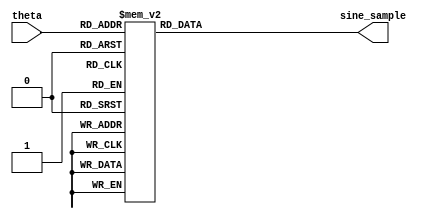
module sine_table(
	//input wire i_clk,
	input wire [9:0] theta,
	output reg signed [15:0] sine_sample
);

	always @(theta) begin
		case(theta)
			10'd0:	sine_sample = -16'sd0;
			10'd1:	sine_sample = -16'sd201;
			10'd2:	sine_sample = -16'sd402;
			10'd3:	sine_sample = -16'sd603;
			10'd4:	sine_sample = -16'sd804;
			10'd5:	sine_sample = -16'sd1005;
			10'd6:	sine_sample = -16'sd1206;
			10'd7:	sine_sample = -16'sd1407;
			10'd8:	sine_sample = -16'sd1608;
			10'd9:	sine_sample = -16'sd1809;
			10'd10:	sine_sample = -16'sd2009;
			10'd11:	sine_sample = -16'sd2210;
			10'd12:	sine_sample = -16'sd2410;
			10'd13:	sine_sample = -16'sd2611;
			10'd14:	sine_sample = -16'sd2811;
			10'd15:	sine_sample = -16'sd3012;
			10'd16:	sine_sample = -16'sd3212;
			10'd17:	sine_sample = -16'sd3412;
			10'd18:	sine_sample = -16'sd3612;
			10'd19:	sine_sample = -16'sd3811;
			10'd20:	sine_sample = -16'sd4011;
			10'd21:	sine_sample = -16'sd4210;
			10'd22:	sine_sample = -16'sd4410;
			10'd23:	sine_sample = -16'sd4609;
			10'd24:	sine_sample = -16'sd4808;
			10'd25:	sine_sample = -16'sd5007;
			10'd26:	sine_sample = -16'sd5205;
			10'd27:	sine_sample = -16'sd5404;
			10'd28:	sine_sample = -16'sd5602;
			10'd29:	sine_sample = -16'sd5800;
			10'd30:	sine_sample = -16'sd5998;
			10'd31:	sine_sample = -16'sd6195;
			10'd32:	sine_sample = -16'sd6393;
			10'd33:	sine_sample = -16'sd6590;
			10'd34:	sine_sample = -16'sd6786;
			10'd35:	sine_sample = -16'sd6983;
			10'd36:	sine_sample = -16'sd7179;
			10'd37:	sine_sample = -16'sd7375;
			10'd38:	sine_sample = -16'sd7571;
			10'd39:	sine_sample = -16'sd7767;
			10'd40:	sine_sample = -16'sd7962;
			10'd41:	sine_sample = -16'sd8157;
			10'd42:	sine_sample = -16'sd8351;
			10'd43:	sine_sample = -16'sd8545;
			10'd44:	sine_sample = -16'sd8739;
			10'd45:	sine_sample = -16'sd8933;
			10'd46:	sine_sample = -16'sd9126;
			10'd47:	sine_sample = -16'sd9319;
			10'd48:	sine_sample = -16'sd9512;
			10'd49:	sine_sample = -16'sd9704;
			10'd50:	sine_sample = -16'sd9896;
			10'd51:	sine_sample = -16'sd10087;
			10'd52:	sine_sample = -16'sd10278;
			10'd53:	sine_sample = -16'sd10469;
			10'd54:	sine_sample = -16'sd10659;
			10'd55:	sine_sample = -16'sd10849;
			10'd56:	sine_sample = -16'sd11039;
			10'd57:	sine_sample = -16'sd11228;
			10'd58:	sine_sample = -16'sd11417;
			10'd59:	sine_sample = -16'sd11605;
			10'd60:	sine_sample = -16'sd11793;
			10'd61:	sine_sample = -16'sd11980;
			10'd62:	sine_sample = -16'sd12167;
			10'd63:	sine_sample = -16'sd12353;
			10'd64:	sine_sample = -16'sd12539;
			10'd65:	sine_sample = -16'sd12725;
			10'd66:	sine_sample = -16'sd12910;
			10'd67:	sine_sample = -16'sd13094;
			10'd68:	sine_sample = -16'sd13279;
			10'd69:	sine_sample = -16'sd13462;
			10'd70:	sine_sample = -16'sd13645;
			10'd71:	sine_sample = -16'sd13828;
			10'd72:	sine_sample = -16'sd14010;
			10'd73:	sine_sample = -16'sd14191;
			10'd74:	sine_sample = -16'sd14372;
			10'd75:	sine_sample = -16'sd14553;
			10'd76:	sine_sample = -16'sd14732;
			10'd77:	sine_sample = -16'sd14912;
			10'd78:	sine_sample = -16'sd15090;
			10'd79:	sine_sample = -16'sd15269;
			10'd80:	sine_sample = -16'sd15446;
			10'd81:	sine_sample = -16'sd15623;
			10'd82:	sine_sample = -16'sd15800;
			10'd83:	sine_sample = -16'sd15976;
			10'd84:	sine_sample = -16'sd16151;
			10'd85:	sine_sample = -16'sd16325;
			10'd86:	sine_sample = -16'sd16499;
			10'd87:	sine_sample = -16'sd16673;
			10'd88:	sine_sample = -16'sd16846;
			10'd89:	sine_sample = -16'sd17018;
			10'd90:	sine_sample = -16'sd17189;
			10'd91:	sine_sample = -16'sd17360;
			10'd92:	sine_sample = -16'sd17530;
			10'd93:	sine_sample = -16'sd17700;
			10'd94:	sine_sample = -16'sd17869;
			10'd95:	sine_sample = -16'sd18037;
			10'd96:	sine_sample = -16'sd18204;
			10'd97:	sine_sample = -16'sd18371;
			10'd98:	sine_sample = -16'sd18537;
			10'd99:	sine_sample = -16'sd18703;
			10'd100:	sine_sample = -16'sd18868;
			10'd101:	sine_sample = -16'sd19032;
			10'd102:	sine_sample = -16'sd19195;
			10'd103:	sine_sample = -16'sd19357;
			10'd104:	sine_sample = -16'sd19519;
			10'd105:	sine_sample = -16'sd19680;
			10'd106:	sine_sample = -16'sd19841;
			10'd107:	sine_sample = -16'sd20000;
			10'd108:	sine_sample = -16'sd20159;
			10'd109:	sine_sample = -16'sd20317;
			10'd110:	sine_sample = -16'sd20475;
			10'd111:	sine_sample = -16'sd20631;
			10'd112:	sine_sample = -16'sd20787;
			10'd113:	sine_sample = -16'sd20942;
			10'd114:	sine_sample = -16'sd21096;
			10'd115:	sine_sample = -16'sd21250;
			10'd116:	sine_sample = -16'sd21403;
			10'd117:	sine_sample = -16'sd21554;
			10'd118:	sine_sample = -16'sd21705;
			10'd119:	sine_sample = -16'sd21856;
			10'd120:	sine_sample = -16'sd22005;
			10'd121:	sine_sample = -16'sd22154;
			10'd122:	sine_sample = -16'sd22301;
			10'd123:	sine_sample = -16'sd22448;
			10'd124:	sine_sample = -16'sd22594;
			10'd125:	sine_sample = -16'sd22739;
			10'd126:	sine_sample = -16'sd22884;
			10'd127:	sine_sample = -16'sd23027;
			10'd128:	sine_sample = -16'sd23170;
			10'd129:	sine_sample = -16'sd23311;
			10'd130:	sine_sample = -16'sd23452;
			10'd131:	sine_sample = -16'sd23592;
			10'd132:	sine_sample = -16'sd23731;
			10'd133:	sine_sample = -16'sd23870;
			10'd134:	sine_sample = -16'sd24007;
			10'd135:	sine_sample = -16'sd24143;
			10'd136:	sine_sample = -16'sd24279;
			10'd137:	sine_sample = -16'sd24413;
			10'd138:	sine_sample = -16'sd24547;
			10'd139:	sine_sample = -16'sd24680;
			10'd140:	sine_sample = -16'sd24811;
			10'd141:	sine_sample = -16'sd24942;
			10'd142:	sine_sample = -16'sd25072;
			10'd143:	sine_sample = -16'sd25201;
			10'd144:	sine_sample = -16'sd25329;
			10'd145:	sine_sample = -16'sd25456;
			10'd146:	sine_sample = -16'sd25582;
			10'd147:	sine_sample = -16'sd25708;
			10'd148:	sine_sample = -16'sd25832;
			10'd149:	sine_sample = -16'sd25955;
			10'd150:	sine_sample = -16'sd26077;
			10'd151:	sine_sample = -16'sd26198;
			10'd152:	sine_sample = -16'sd26319;
			10'd153:	sine_sample = -16'sd26438;
			10'd154:	sine_sample = -16'sd26556;
			10'd155:	sine_sample = -16'sd26674;
			10'd156:	sine_sample = -16'sd26790;
			10'd157:	sine_sample = -16'sd26905;
			10'd158:	sine_sample = -16'sd27019;
			10'd159:	sine_sample = -16'sd27133;
			10'd160:	sine_sample = -16'sd27245;
			10'd161:	sine_sample = -16'sd27356;
			10'd162:	sine_sample = -16'sd27466;
			10'd163:	sine_sample = -16'sd27575;
			10'd164:	sine_sample = -16'sd27683;
			10'd165:	sine_sample = -16'sd27790;
			10'd166:	sine_sample = -16'sd27896;
			10'd167:	sine_sample = -16'sd28001;
			10'd168:	sine_sample = -16'sd28105;
			10'd169:	sine_sample = -16'sd28208;
			10'd170:	sine_sample = -16'sd28310;
			10'd171:	sine_sample = -16'sd28411;
			10'd172:	sine_sample = -16'sd28510;
			10'd173:	sine_sample = -16'sd28609;
			10'd174:	sine_sample = -16'sd28706;
			10'd175:	sine_sample = -16'sd28803;
			10'd176:	sine_sample = -16'sd28898;
			10'd177:	sine_sample = -16'sd28992;
			10'd178:	sine_sample = -16'sd29085;
			10'd179:	sine_sample = -16'sd29177;
			10'd180:	sine_sample = -16'sd29268;
			10'd181:	sine_sample = -16'sd29358;
			10'd182:	sine_sample = -16'sd29447;
			10'd183:	sine_sample = -16'sd29534;
			10'd184:	sine_sample = -16'sd29621;
			10'd185:	sine_sample = -16'sd29706;
			10'd186:	sine_sample = -16'sd29791;
			10'd187:	sine_sample = -16'sd29874;
			10'd188:	sine_sample = -16'sd29956;
			10'd189:	sine_sample = -16'sd30037;
			10'd190:	sine_sample = -16'sd30117;
			10'd191:	sine_sample = -16'sd30195;
			10'd192:	sine_sample = -16'sd30273;
			10'd193:	sine_sample = -16'sd30349;
			10'd194:	sine_sample = -16'sd30424;
			10'd195:	sine_sample = -16'sd30498;
			10'd196:	sine_sample = -16'sd30571;
			10'd197:	sine_sample = -16'sd30643;
			10'd198:	sine_sample = -16'sd30714;
			10'd199:	sine_sample = -16'sd30783;
			10'd200:	sine_sample = -16'sd30852;
			10'd201:	sine_sample = -16'sd30919;
			10'd202:	sine_sample = -16'sd30985;
			10'd203:	sine_sample = -16'sd31050;
			10'd204:	sine_sample = -16'sd31113;
			10'd205:	sine_sample = -16'sd31176;
			10'd206:	sine_sample = -16'sd31237;
			10'd207:	sine_sample = -16'sd31297;
			10'd208:	sine_sample = -16'sd31356;
			10'd209:	sine_sample = -16'sd31414;
			10'd210:	sine_sample = -16'sd31470;
			10'd211:	sine_sample = -16'sd31526;
			10'd212:	sine_sample = -16'sd31580;
			10'd213:	sine_sample = -16'sd31633;
			10'd214:	sine_sample = -16'sd31685;
			10'd215:	sine_sample = -16'sd31736;
			10'd216:	sine_sample = -16'sd31785;
			10'd217:	sine_sample = -16'sd31833;
			10'd218:	sine_sample = -16'sd31880;
			10'd219:	sine_sample = -16'sd31926;
			10'd220:	sine_sample = -16'sd31971;
			10'd221:	sine_sample = -16'sd32014;
			10'd222:	sine_sample = -16'sd32057;
			10'd223:	sine_sample = -16'sd32098;
			10'd224:	sine_sample = -16'sd32137;
			10'd225:	sine_sample = -16'sd32176;
			10'd226:	sine_sample = -16'sd32213;
			10'd227:	sine_sample = -16'sd32250;
			10'd228:	sine_sample = -16'sd32285;
			10'd229:	sine_sample = -16'sd32318;
			10'd230:	sine_sample = -16'sd32351;
			10'd231:	sine_sample = -16'sd32382;
			10'd232:	sine_sample = -16'sd32412;
			10'd233:	sine_sample = -16'sd32441;
			10'd234:	sine_sample = -16'sd32469;
			10'd235:	sine_sample = -16'sd32495;
			10'd236:	sine_sample = -16'sd32521;
			10'd237:	sine_sample = -16'sd32545;
			10'd238:	sine_sample = -16'sd32567;
			10'd239:	sine_sample = -16'sd32589;
			10'd240:	sine_sample = -16'sd32609;
			10'd241:	sine_sample = -16'sd32628;
			10'd242:	sine_sample = -16'sd32646;
			10'd243:	sine_sample = -16'sd32663;
			10'd244:	sine_sample = -16'sd32678;
			10'd245:	sine_sample = -16'sd32692;
			10'd246:	sine_sample = -16'sd32705;
			10'd247:	sine_sample = -16'sd32717;
			10'd248:	sine_sample = -16'sd32728;
			10'd249:	sine_sample = -16'sd32737;
			10'd250:	sine_sample = -16'sd32745;
			10'd251:	sine_sample = -16'sd32752;
			10'd252:	sine_sample = -16'sd32757;
			10'd253:	sine_sample = -16'sd32761;
			10'd254:	sine_sample = -16'sd32765;
			10'd255:	sine_sample = -16'sd32766;
			10'd256:	sine_sample = -16'sd32767;
			10'd257:	sine_sample = -16'sd32766;
			10'd258:	sine_sample = -16'sd32765;
			10'd259:	sine_sample = -16'sd32761;
			10'd260:	sine_sample = -16'sd32757;
			10'd261:	sine_sample = -16'sd32752;
			10'd262:	sine_sample = -16'sd32745;
			10'd263:	sine_sample = -16'sd32737;
			10'd264:	sine_sample = -16'sd32728;
			10'd265:	sine_sample = -16'sd32717;
			10'd266:	sine_sample = -16'sd32705;
			10'd267:	sine_sample = -16'sd32692;
			10'd268:	sine_sample = -16'sd32678;
			10'd269:	sine_sample = -16'sd32663;
			10'd270:	sine_sample = -16'sd32646;
			10'd271:	sine_sample = -16'sd32628;
			10'd272:	sine_sample = -16'sd32609;
			10'd273:	sine_sample = -16'sd32589;
			10'd274:	sine_sample = -16'sd32567;
			10'd275:	sine_sample = -16'sd32545;
			10'd276:	sine_sample = -16'sd32521;
			10'd277:	sine_sample = -16'sd32495;
			10'd278:	sine_sample = -16'sd32469;
			10'd279:	sine_sample = -16'sd32441;
			10'd280:	sine_sample = -16'sd32412;
			10'd281:	sine_sample = -16'sd32382;
			10'd282:	sine_sample = -16'sd32351;
			10'd283:	sine_sample = -16'sd32318;
			10'd284:	sine_sample = -16'sd32285;
			10'd285:	sine_sample = -16'sd32250;
			10'd286:	sine_sample = -16'sd32213;
			10'd287:	sine_sample = -16'sd32176;
			10'd288:	sine_sample = -16'sd32137;
			10'd289:	sine_sample = -16'sd32098;
			10'd290:	sine_sample = -16'sd32057;
			10'd291:	sine_sample = -16'sd32014;
			10'd292:	sine_sample = -16'sd31971;
			10'd293:	sine_sample = -16'sd31926;
			10'd294:	sine_sample = -16'sd31880;
			10'd295:	sine_sample = -16'sd31833;
			10'd296:	sine_sample = -16'sd31785;
			10'd297:	sine_sample = -16'sd31736;
			10'd298:	sine_sample = -16'sd31685;
			10'd299:	sine_sample = -16'sd31633;
			10'd300:	sine_sample = -16'sd31580;
			10'd301:	sine_sample = -16'sd31526;
			10'd302:	sine_sample = -16'sd31470;
			10'd303:	sine_sample = -16'sd31414;
			10'd304:	sine_sample = -16'sd31356;
			10'd305:	sine_sample = -16'sd31297;
			10'd306:	sine_sample = -16'sd31237;
			10'd307:	sine_sample = -16'sd31176;
			10'd308:	sine_sample = -16'sd31113;
			10'd309:	sine_sample = -16'sd31050;
			10'd310:	sine_sample = -16'sd30985;
			10'd311:	sine_sample = -16'sd30919;
			10'd312:	sine_sample = -16'sd30852;
			10'd313:	sine_sample = -16'sd30783;
			10'd314:	sine_sample = -16'sd30714;
			10'd315:	sine_sample = -16'sd30643;
			10'd316:	sine_sample = -16'sd30571;
			10'd317:	sine_sample = -16'sd30498;
			10'd318:	sine_sample = -16'sd30424;
			10'd319:	sine_sample = -16'sd30349;
			10'd320:	sine_sample = -16'sd30273;
			10'd321:	sine_sample = -16'sd30195;
			10'd322:	sine_sample = -16'sd30117;
			10'd323:	sine_sample = -16'sd30037;
			10'd324:	sine_sample = -16'sd29956;
			10'd325:	sine_sample = -16'sd29874;
			10'd326:	sine_sample = -16'sd29791;
			10'd327:	sine_sample = -16'sd29706;
			10'd328:	sine_sample = -16'sd29621;
			10'd329:	sine_sample = -16'sd29534;
			10'd330:	sine_sample = -16'sd29447;
			10'd331:	sine_sample = -16'sd29358;
			10'd332:	sine_sample = -16'sd29268;
			10'd333:	sine_sample = -16'sd29177;
			10'd334:	sine_sample = -16'sd29085;
			10'd335:	sine_sample = -16'sd28992;
			10'd336:	sine_sample = -16'sd28898;
			10'd337:	sine_sample = -16'sd28803;
			10'd338:	sine_sample = -16'sd28706;
			10'd339:	sine_sample = -16'sd28609;
			10'd340:	sine_sample = -16'sd28510;
			10'd341:	sine_sample = -16'sd28411;
			10'd342:	sine_sample = -16'sd28310;
			10'd343:	sine_sample = -16'sd28208;
			10'd344:	sine_sample = -16'sd28105;
			10'd345:	sine_sample = -16'sd28001;
			10'd346:	sine_sample = -16'sd27896;
			10'd347:	sine_sample = -16'sd27790;
			10'd348:	sine_sample = -16'sd27683;
			10'd349:	sine_sample = -16'sd27575;
			10'd350:	sine_sample = -16'sd27466;
			10'd351:	sine_sample = -16'sd27356;
			10'd352:	sine_sample = -16'sd27245;
			10'd353:	sine_sample = -16'sd27133;
			10'd354:	sine_sample = -16'sd27019;
			10'd355:	sine_sample = -16'sd26905;
			10'd356:	sine_sample = -16'sd26790;
			10'd357:	sine_sample = -16'sd26674;
			10'd358:	sine_sample = -16'sd26556;
			10'd359:	sine_sample = -16'sd26438;
			10'd360:	sine_sample = -16'sd26319;
			10'd361:	sine_sample = -16'sd26198;
			10'd362:	sine_sample = -16'sd26077;
			10'd363:	sine_sample = -16'sd25955;
			10'd364:	sine_sample = -16'sd25832;
			10'd365:	sine_sample = -16'sd25708;
			10'd366:	sine_sample = -16'sd25582;
			10'd367:	sine_sample = -16'sd25456;
			10'd368:	sine_sample = -16'sd25329;
			10'd369:	sine_sample = -16'sd25201;
			10'd370:	sine_sample = -16'sd25072;
			10'd371:	sine_sample = -16'sd24942;
			10'd372:	sine_sample = -16'sd24811;
			10'd373:	sine_sample = -16'sd24680;
			10'd374:	sine_sample = -16'sd24547;
			10'd375:	sine_sample = -16'sd24413;
			10'd376:	sine_sample = -16'sd24279;
			10'd377:	sine_sample = -16'sd24143;
			10'd378:	sine_sample = -16'sd24007;
			10'd379:	sine_sample = -16'sd23870;
			10'd380:	sine_sample = -16'sd23731;
			10'd381:	sine_sample = -16'sd23592;
			10'd382:	sine_sample = -16'sd23452;
			10'd383:	sine_sample = -16'sd23311;
			10'd384:	sine_sample = -16'sd23170;
			10'd385:	sine_sample = -16'sd23027;
			10'd386:	sine_sample = -16'sd22884;
			10'd387:	sine_sample = -16'sd22739;
			10'd388:	sine_sample = -16'sd22594;
			10'd389:	sine_sample = -16'sd22448;
			10'd390:	sine_sample = -16'sd22301;
			10'd391:	sine_sample = -16'sd22154;
			10'd392:	sine_sample = -16'sd22005;
			10'd393:	sine_sample = -16'sd21856;
			10'd394:	sine_sample = -16'sd21705;
			10'd395:	sine_sample = -16'sd21554;
			10'd396:	sine_sample = -16'sd21403;
			10'd397:	sine_sample = -16'sd21250;
			10'd398:	sine_sample = -16'sd21096;
			10'd399:	sine_sample = -16'sd20942;
			10'd400:	sine_sample = -16'sd20787;
			10'd401:	sine_sample = -16'sd20631;
			10'd402:	sine_sample = -16'sd20475;
			10'd403:	sine_sample = -16'sd20317;
			10'd404:	sine_sample = -16'sd20159;
			10'd405:	sine_sample = -16'sd20000;
			10'd406:	sine_sample = -16'sd19841;
			10'd407:	sine_sample = -16'sd19680;
			10'd408:	sine_sample = -16'sd19519;
			10'd409:	sine_sample = -16'sd19357;
			10'd410:	sine_sample = -16'sd19195;
			10'd411:	sine_sample = -16'sd19032;
			10'd412:	sine_sample = -16'sd18868;
			10'd413:	sine_sample = -16'sd18703;
			10'd414:	sine_sample = -16'sd18537;
			10'd415:	sine_sample = -16'sd18371;
			10'd416:	sine_sample = -16'sd18204;
			10'd417:	sine_sample = -16'sd18037;
			10'd418:	sine_sample = -16'sd17869;
			10'd419:	sine_sample = -16'sd17700;
			10'd420:	sine_sample = -16'sd17530;
			10'd421:	sine_sample = -16'sd17360;
			10'd422:	sine_sample = -16'sd17189;
			10'd423:	sine_sample = -16'sd17018;
			10'd424:	sine_sample = -16'sd16846;
			10'd425:	sine_sample = -16'sd16673;
			10'd426:	sine_sample = -16'sd16499;
			10'd427:	sine_sample = -16'sd16325;
			10'd428:	sine_sample = -16'sd16151;
			10'd429:	sine_sample = -16'sd15976;
			10'd430:	sine_sample = -16'sd15800;
			10'd431:	sine_sample = -16'sd15623;
			10'd432:	sine_sample = -16'sd15446;
			10'd433:	sine_sample = -16'sd15269;
			10'd434:	sine_sample = -16'sd15090;
			10'd435:	sine_sample = -16'sd14912;
			10'd436:	sine_sample = -16'sd14732;
			10'd437:	sine_sample = -16'sd14553;
			10'd438:	sine_sample = -16'sd14372;
			10'd439:	sine_sample = -16'sd14191;
			10'd440:	sine_sample = -16'sd14010;
			10'd441:	sine_sample = -16'sd13828;
			10'd442:	sine_sample = -16'sd13645;
			10'd443:	sine_sample = -16'sd13462;
			10'd444:	sine_sample = -16'sd13279;
			10'd445:	sine_sample = -16'sd13094;
			10'd446:	sine_sample = -16'sd12910;
			10'd447:	sine_sample = -16'sd12725;
			10'd448:	sine_sample = -16'sd12539;
			10'd449:	sine_sample = -16'sd12353;
			10'd450:	sine_sample = -16'sd12167;
			10'd451:	sine_sample = -16'sd11980;
			10'd452:	sine_sample = -16'sd11793;
			10'd453:	sine_sample = -16'sd11605;
			10'd454:	sine_sample = -16'sd11417;
			10'd455:	sine_sample = -16'sd11228;
			10'd456:	sine_sample = -16'sd11039;
			10'd457:	sine_sample = -16'sd10849;
			10'd458:	sine_sample = -16'sd10659;
			10'd459:	sine_sample = -16'sd10469;
			10'd460:	sine_sample = -16'sd10278;
			10'd461:	sine_sample = -16'sd10087;
			10'd462:	sine_sample = -16'sd9896;
			10'd463:	sine_sample = -16'sd9704;
			10'd464:	sine_sample = -16'sd9512;
			10'd465:	sine_sample = -16'sd9319;
			10'd466:	sine_sample = -16'sd9126;
			10'd467:	sine_sample = -16'sd8933;
			10'd468:	sine_sample = -16'sd8739;
			10'd469:	sine_sample = -16'sd8545;
			10'd470:	sine_sample = -16'sd8351;
			10'd471:	sine_sample = -16'sd8157;
			10'd472:	sine_sample = -16'sd7962;
			10'd473:	sine_sample = -16'sd7767;
			10'd474:	sine_sample = -16'sd7571;
			10'd475:	sine_sample = -16'sd7375;
			10'd476:	sine_sample = -16'sd7179;
			10'd477:	sine_sample = -16'sd6983;
			10'd478:	sine_sample = -16'sd6786;
			10'd479:	sine_sample = -16'sd6590;
			10'd480:	sine_sample = -16'sd6393;
			10'd481:	sine_sample = -16'sd6195;
			10'd482:	sine_sample = -16'sd5998;
			10'd483:	sine_sample = -16'sd5800;
			10'd484:	sine_sample = -16'sd5602;
			10'd485:	sine_sample = -16'sd5404;
			10'd486:	sine_sample = -16'sd5205;
			10'd487:	sine_sample = -16'sd5007;
			10'd488:	sine_sample = -16'sd4808;
			10'd489:	sine_sample = -16'sd4609;
			10'd490:	sine_sample = -16'sd4410;
			10'd491:	sine_sample = -16'sd4210;
			10'd492:	sine_sample = -16'sd4011;
			10'd493:	sine_sample = -16'sd3811;
			10'd494:	sine_sample = -16'sd3612;
			10'd495:	sine_sample = -16'sd3412;
			10'd496:	sine_sample = -16'sd3212;
			10'd497:	sine_sample = -16'sd3012;
			10'd498:	sine_sample = -16'sd2811;
			10'd499:	sine_sample = -16'sd2611;
			10'd500:	sine_sample = -16'sd2410;
			10'd501:	sine_sample = -16'sd2210;
			10'd502:	sine_sample = -16'sd2009;
			10'd503:	sine_sample = -16'sd1809;
			10'd504:	sine_sample = -16'sd1608;
			10'd505:	sine_sample = -16'sd1407;
			10'd506:	sine_sample = -16'sd1206;
			10'd507:	sine_sample = -16'sd1005;
			10'd508:	sine_sample = -16'sd804;
			10'd509:	sine_sample = -16'sd603;
			10'd510:	sine_sample = -16'sd402;
			10'd511:	sine_sample = -16'sd201;
			10'd512:	sine_sample = -16'sd0;
			10'd513:	sine_sample = 16'sd201;
			10'd514:	sine_sample = 16'sd402;
			10'd515:	sine_sample = 16'sd603;
			10'd516:	sine_sample = 16'sd804;
			10'd517:	sine_sample = 16'sd1005;
			10'd518:	sine_sample = 16'sd1206;
			10'd519:	sine_sample = 16'sd1407;
			10'd520:	sine_sample = 16'sd1608;
			10'd521:	sine_sample = 16'sd1809;
			10'd522:	sine_sample = 16'sd2009;
			10'd523:	sine_sample = 16'sd2210;
			10'd524:	sine_sample = 16'sd2410;
			10'd525:	sine_sample = 16'sd2611;
			10'd526:	sine_sample = 16'sd2811;
			10'd527:	sine_sample = 16'sd3012;
			10'd528:	sine_sample = 16'sd3212;
			10'd529:	sine_sample = 16'sd3412;
			10'd530:	sine_sample = 16'sd3612;
			10'd531:	sine_sample = 16'sd3811;
			10'd532:	sine_sample = 16'sd4011;
			10'd533:	sine_sample = 16'sd4210;
			10'd534:	sine_sample = 16'sd4410;
			10'd535:	sine_sample = 16'sd4609;
			10'd536:	sine_sample = 16'sd4808;
			10'd537:	sine_sample = 16'sd5007;
			10'd538:	sine_sample = 16'sd5205;
			10'd539:	sine_sample = 16'sd5404;
			10'd540:	sine_sample = 16'sd5602;
			10'd541:	sine_sample = 16'sd5800;
			10'd542:	sine_sample = 16'sd5998;
			10'd543:	sine_sample = 16'sd6195;
			10'd544:	sine_sample = 16'sd6393;
			10'd545:	sine_sample = 16'sd6590;
			10'd546:	sine_sample = 16'sd6786;
			10'd547:	sine_sample = 16'sd6983;
			10'd548:	sine_sample = 16'sd7179;
			10'd549:	sine_sample = 16'sd7375;
			10'd550:	sine_sample = 16'sd7571;
			10'd551:	sine_sample = 16'sd7767;
			10'd552:	sine_sample = 16'sd7962;
			10'd553:	sine_sample = 16'sd8157;
			10'd554:	sine_sample = 16'sd8351;
			10'd555:	sine_sample = 16'sd8545;
			10'd556:	sine_sample = 16'sd8739;
			10'd557:	sine_sample = 16'sd8933;
			10'd558:	sine_sample = 16'sd9126;
			10'd559:	sine_sample = 16'sd9319;
			10'd560:	sine_sample = 16'sd9512;
			10'd561:	sine_sample = 16'sd9704;
			10'd562:	sine_sample = 16'sd9896;
			10'd563:	sine_sample = 16'sd10087;
			10'd564:	sine_sample = 16'sd10278;
			10'd565:	sine_sample = 16'sd10469;
			10'd566:	sine_sample = 16'sd10659;
			10'd567:	sine_sample = 16'sd10849;
			10'd568:	sine_sample = 16'sd11039;
			10'd569:	sine_sample = 16'sd11228;
			10'd570:	sine_sample = 16'sd11417;
			10'd571:	sine_sample = 16'sd11605;
			10'd572:	sine_sample = 16'sd11793;
			10'd573:	sine_sample = 16'sd11980;
			10'd574:	sine_sample = 16'sd12167;
			10'd575:	sine_sample = 16'sd12353;
			10'd576:	sine_sample = 16'sd12539;
			10'd577:	sine_sample = 16'sd12725;
			10'd578:	sine_sample = 16'sd12910;
			10'd579:	sine_sample = 16'sd13094;
			10'd580:	sine_sample = 16'sd13279;
			10'd581:	sine_sample = 16'sd13462;
			10'd582:	sine_sample = 16'sd13645;
			10'd583:	sine_sample = 16'sd13828;
			10'd584:	sine_sample = 16'sd14010;
			10'd585:	sine_sample = 16'sd14191;
			10'd586:	sine_sample = 16'sd14372;
			10'd587:	sine_sample = 16'sd14553;
			10'd588:	sine_sample = 16'sd14732;
			10'd589:	sine_sample = 16'sd14912;
			10'd590:	sine_sample = 16'sd15090;
			10'd591:	sine_sample = 16'sd15269;
			10'd592:	sine_sample = 16'sd15446;
			10'd593:	sine_sample = 16'sd15623;
			10'd594:	sine_sample = 16'sd15800;
			10'd595:	sine_sample = 16'sd15976;
			10'd596:	sine_sample = 16'sd16151;
			10'd597:	sine_sample = 16'sd16325;
			10'd598:	sine_sample = 16'sd16499;
			10'd599:	sine_sample = 16'sd16673;
			10'd600:	sine_sample = 16'sd16846;
			10'd601:	sine_sample = 16'sd17018;
			10'd602:	sine_sample = 16'sd17189;
			10'd603:	sine_sample = 16'sd17360;
			10'd604:	sine_sample = 16'sd17530;
			10'd605:	sine_sample = 16'sd17700;
			10'd606:	sine_sample = 16'sd17869;
			10'd607:	sine_sample = 16'sd18037;
			10'd608:	sine_sample = 16'sd18204;
			10'd609:	sine_sample = 16'sd18371;
			10'd610:	sine_sample = 16'sd18537;
			10'd611:	sine_sample = 16'sd18703;
			10'd612:	sine_sample = 16'sd18868;
			10'd613:	sine_sample = 16'sd19032;
			10'd614:	sine_sample = 16'sd19195;
			10'd615:	sine_sample = 16'sd19357;
			10'd616:	sine_sample = 16'sd19519;
			10'd617:	sine_sample = 16'sd19680;
			10'd618:	sine_sample = 16'sd19841;
			10'd619:	sine_sample = 16'sd20000;
			10'd620:	sine_sample = 16'sd20159;
			10'd621:	sine_sample = 16'sd20317;
			10'd622:	sine_sample = 16'sd20475;
			10'd623:	sine_sample = 16'sd20631;
			10'd624:	sine_sample = 16'sd20787;
			10'd625:	sine_sample = 16'sd20942;
			10'd626:	sine_sample = 16'sd21096;
			10'd627:	sine_sample = 16'sd21250;
			10'd628:	sine_sample = 16'sd21403;
			10'd629:	sine_sample = 16'sd21554;
			10'd630:	sine_sample = 16'sd21705;
			10'd631:	sine_sample = 16'sd21856;
			10'd632:	sine_sample = 16'sd22005;
			10'd633:	sine_sample = 16'sd22154;
			10'd634:	sine_sample = 16'sd22301;
			10'd635:	sine_sample = 16'sd22448;
			10'd636:	sine_sample = 16'sd22594;
			10'd637:	sine_sample = 16'sd22739;
			10'd638:	sine_sample = 16'sd22884;
			10'd639:	sine_sample = 16'sd23027;
			10'd640:	sine_sample = 16'sd23170;
			10'd641:	sine_sample = 16'sd23311;
			10'd642:	sine_sample = 16'sd23452;
			10'd643:	sine_sample = 16'sd23592;
			10'd644:	sine_sample = 16'sd23731;
			10'd645:	sine_sample = 16'sd23870;
			10'd646:	sine_sample = 16'sd24007;
			10'd647:	sine_sample = 16'sd24143;
			10'd648:	sine_sample = 16'sd24279;
			10'd649:	sine_sample = 16'sd24413;
			10'd650:	sine_sample = 16'sd24547;
			10'd651:	sine_sample = 16'sd24680;
			10'd652:	sine_sample = 16'sd24811;
			10'd653:	sine_sample = 16'sd24942;
			10'd654:	sine_sample = 16'sd25072;
			10'd655:	sine_sample = 16'sd25201;
			10'd656:	sine_sample = 16'sd25329;
			10'd657:	sine_sample = 16'sd25456;
			10'd658:	sine_sample = 16'sd25582;
			10'd659:	sine_sample = 16'sd25708;
			10'd660:	sine_sample = 16'sd25832;
			10'd661:	sine_sample = 16'sd25955;
			10'd662:	sine_sample = 16'sd26077;
			10'd663:	sine_sample = 16'sd26198;
			10'd664:	sine_sample = 16'sd26319;
			10'd665:	sine_sample = 16'sd26438;
			10'd666:	sine_sample = 16'sd26556;
			10'd667:	sine_sample = 16'sd26674;
			10'd668:	sine_sample = 16'sd26790;
			10'd669:	sine_sample = 16'sd26905;
			10'd670:	sine_sample = 16'sd27019;
			10'd671:	sine_sample = 16'sd27133;
			10'd672:	sine_sample = 16'sd27245;
			10'd673:	sine_sample = 16'sd27356;
			10'd674:	sine_sample = 16'sd27466;
			10'd675:	sine_sample = 16'sd27575;
			10'd676:	sine_sample = 16'sd27683;
			10'd677:	sine_sample = 16'sd27790;
			10'd678:	sine_sample = 16'sd27896;
			10'd679:	sine_sample = 16'sd28001;
			10'd680:	sine_sample = 16'sd28105;
			10'd681:	sine_sample = 16'sd28208;
			10'd682:	sine_sample = 16'sd28310;
			10'd683:	sine_sample = 16'sd28411;
			10'd684:	sine_sample = 16'sd28510;
			10'd685:	sine_sample = 16'sd28609;
			10'd686:	sine_sample = 16'sd28706;
			10'd687:	sine_sample = 16'sd28803;
			10'd688:	sine_sample = 16'sd28898;
			10'd689:	sine_sample = 16'sd28992;
			10'd690:	sine_sample = 16'sd29085;
			10'd691:	sine_sample = 16'sd29177;
			10'd692:	sine_sample = 16'sd29268;
			10'd693:	sine_sample = 16'sd29358;
			10'd694:	sine_sample = 16'sd29447;
			10'd695:	sine_sample = 16'sd29534;
			10'd696:	sine_sample = 16'sd29621;
			10'd697:	sine_sample = 16'sd29706;
			10'd698:	sine_sample = 16'sd29791;
			10'd699:	sine_sample = 16'sd29874;
			10'd700:	sine_sample = 16'sd29956;
			10'd701:	sine_sample = 16'sd30037;
			10'd702:	sine_sample = 16'sd30117;
			10'd703:	sine_sample = 16'sd30195;
			10'd704:	sine_sample = 16'sd30273;
			10'd705:	sine_sample = 16'sd30349;
			10'd706:	sine_sample = 16'sd30424;
			10'd707:	sine_sample = 16'sd30498;
			10'd708:	sine_sample = 16'sd30571;
			10'd709:	sine_sample = 16'sd30643;
			10'd710:	sine_sample = 16'sd30714;
			10'd711:	sine_sample = 16'sd30783;
			10'd712:	sine_sample = 16'sd30852;
			10'd713:	sine_sample = 16'sd30919;
			10'd714:	sine_sample = 16'sd30985;
			10'd715:	sine_sample = 16'sd31050;
			10'd716:	sine_sample = 16'sd31113;
			10'd717:	sine_sample = 16'sd31176;
			10'd718:	sine_sample = 16'sd31237;
			10'd719:	sine_sample = 16'sd31297;
			10'd720:	sine_sample = 16'sd31356;
			10'd721:	sine_sample = 16'sd31414;
			10'd722:	sine_sample = 16'sd31470;
			10'd723:	sine_sample = 16'sd31526;
			10'd724:	sine_sample = 16'sd31580;
			10'd725:	sine_sample = 16'sd31633;
			10'd726:	sine_sample = 16'sd31685;
			10'd727:	sine_sample = 16'sd31736;
			10'd728:	sine_sample = 16'sd31785;
			10'd729:	sine_sample = 16'sd31833;
			10'd730:	sine_sample = 16'sd31880;
			10'd731:	sine_sample = 16'sd31926;
			10'd732:	sine_sample = 16'sd31971;
			10'd733:	sine_sample = 16'sd32014;
			10'd734:	sine_sample = 16'sd32057;
			10'd735:	sine_sample = 16'sd32098;
			10'd736:	sine_sample = 16'sd32137;
			10'd737:	sine_sample = 16'sd32176;
			10'd738:	sine_sample = 16'sd32213;
			10'd739:	sine_sample = 16'sd32250;
			10'd740:	sine_sample = 16'sd32285;
			10'd741:	sine_sample = 16'sd32318;
			10'd742:	sine_sample = 16'sd32351;
			10'd743:	sine_sample = 16'sd32382;
			10'd744:	sine_sample = 16'sd32412;
			10'd745:	sine_sample = 16'sd32441;
			10'd746:	sine_sample = 16'sd32469;
			10'd747:	sine_sample = 16'sd32495;
			10'd748:	sine_sample = 16'sd32521;
			10'd749:	sine_sample = 16'sd32545;
			10'd750:	sine_sample = 16'sd32567;
			10'd751:	sine_sample = 16'sd32589;
			10'd752:	sine_sample = 16'sd32609;
			10'd753:	sine_sample = 16'sd32628;
			10'd754:	sine_sample = 16'sd32646;
			10'd755:	sine_sample = 16'sd32663;
			10'd756:	sine_sample = 16'sd32678;
			10'd757:	sine_sample = 16'sd32692;
			10'd758:	sine_sample = 16'sd32705;
			10'd759:	sine_sample = 16'sd32717;
			10'd760:	sine_sample = 16'sd32728;
			10'd761:	sine_sample = 16'sd32737;
			10'd762:	sine_sample = 16'sd32745;
			10'd763:	sine_sample = 16'sd32752;
			10'd764:	sine_sample = 16'sd32757;
			10'd765:	sine_sample = 16'sd32761;
			10'd766:	sine_sample = 16'sd32765;
			10'd767:	sine_sample = 16'sd32766;
			10'd768:	sine_sample = 16'sd32767;
			10'd769:	sine_sample = 16'sd32766;
			10'd770:	sine_sample = 16'sd32765;
			10'd771:	sine_sample = 16'sd32761;
			10'd772:	sine_sample = 16'sd32757;
			10'd773:	sine_sample = 16'sd32752;
			10'd774:	sine_sample = 16'sd32745;
			10'd775:	sine_sample = 16'sd32737;
			10'd776:	sine_sample = 16'sd32728;
			10'd777:	sine_sample = 16'sd32717;
			10'd778:	sine_sample = 16'sd32705;
			10'd779:	sine_sample = 16'sd32692;
			10'd780:	sine_sample = 16'sd32678;
			10'd781:	sine_sample = 16'sd32663;
			10'd782:	sine_sample = 16'sd32646;
			10'd783:	sine_sample = 16'sd32628;
			10'd784:	sine_sample = 16'sd32609;
			10'd785:	sine_sample = 16'sd32589;
			10'd786:	sine_sample = 16'sd32567;
			10'd787:	sine_sample = 16'sd32545;
			10'd788:	sine_sample = 16'sd32521;
			10'd789:	sine_sample = 16'sd32495;
			10'd790:	sine_sample = 16'sd32469;
			10'd791:	sine_sample = 16'sd32441;
			10'd792:	sine_sample = 16'sd32412;
			10'd793:	sine_sample = 16'sd32382;
			10'd794:	sine_sample = 16'sd32351;
			10'd795:	sine_sample = 16'sd32318;
			10'd796:	sine_sample = 16'sd32285;
			10'd797:	sine_sample = 16'sd32250;
			10'd798:	sine_sample = 16'sd32213;
			10'd799:	sine_sample = 16'sd32176;
			10'd800:	sine_sample = 16'sd32137;
			10'd801:	sine_sample = 16'sd32098;
			10'd802:	sine_sample = 16'sd32057;
			10'd803:	sine_sample = 16'sd32014;
			10'd804:	sine_sample = 16'sd31971;
			10'd805:	sine_sample = 16'sd31926;
			10'd806:	sine_sample = 16'sd31880;
			10'd807:	sine_sample = 16'sd31833;
			10'd808:	sine_sample = 16'sd31785;
			10'd809:	sine_sample = 16'sd31736;
			10'd810:	sine_sample = 16'sd31685;
			10'd811:	sine_sample = 16'sd31633;
			10'd812:	sine_sample = 16'sd31580;
			10'd813:	sine_sample = 16'sd31526;
			10'd814:	sine_sample = 16'sd31470;
			10'd815:	sine_sample = 16'sd31414;
			10'd816:	sine_sample = 16'sd31356;
			10'd817:	sine_sample = 16'sd31297;
			10'd818:	sine_sample = 16'sd31237;
			10'd819:	sine_sample = 16'sd31176;
			10'd820:	sine_sample = 16'sd31113;
			10'd821:	sine_sample = 16'sd31050;
			10'd822:	sine_sample = 16'sd30985;
			10'd823:	sine_sample = 16'sd30919;
			10'd824:	sine_sample = 16'sd30852;
			10'd825:	sine_sample = 16'sd30783;
			10'd826:	sine_sample = 16'sd30714;
			10'd827:	sine_sample = 16'sd30643;
			10'd828:	sine_sample = 16'sd30571;
			10'd829:	sine_sample = 16'sd30498;
			10'd830:	sine_sample = 16'sd30424;
			10'd831:	sine_sample = 16'sd30349;
			10'd832:	sine_sample = 16'sd30273;
			10'd833:	sine_sample = 16'sd30195;
			10'd834:	sine_sample = 16'sd30117;
			10'd835:	sine_sample = 16'sd30037;
			10'd836:	sine_sample = 16'sd29956;
			10'd837:	sine_sample = 16'sd29874;
			10'd838:	sine_sample = 16'sd29791;
			10'd839:	sine_sample = 16'sd29706;
			10'd840:	sine_sample = 16'sd29621;
			10'd841:	sine_sample = 16'sd29534;
			10'd842:	sine_sample = 16'sd29447;
			10'd843:	sine_sample = 16'sd29358;
			10'd844:	sine_sample = 16'sd29268;
			10'd845:	sine_sample = 16'sd29177;
			10'd846:	sine_sample = 16'sd29085;
			10'd847:	sine_sample = 16'sd28992;
			10'd848:	sine_sample = 16'sd28898;
			10'd849:	sine_sample = 16'sd28803;
			10'd850:	sine_sample = 16'sd28706;
			10'd851:	sine_sample = 16'sd28609;
			10'd852:	sine_sample = 16'sd28510;
			10'd853:	sine_sample = 16'sd28411;
			10'd854:	sine_sample = 16'sd28310;
			10'd855:	sine_sample = 16'sd28208;
			10'd856:	sine_sample = 16'sd28105;
			10'd857:	sine_sample = 16'sd28001;
			10'd858:	sine_sample = 16'sd27896;
			10'd859:	sine_sample = 16'sd27790;
			10'd860:	sine_sample = 16'sd27683;
			10'd861:	sine_sample = 16'sd27575;
			10'd862:	sine_sample = 16'sd27466;
			10'd863:	sine_sample = 16'sd27356;
			10'd864:	sine_sample = 16'sd27245;
			10'd865:	sine_sample = 16'sd27133;
			10'd866:	sine_sample = 16'sd27019;
			10'd867:	sine_sample = 16'sd26905;
			10'd868:	sine_sample = 16'sd26790;
			10'd869:	sine_sample = 16'sd26674;
			10'd870:	sine_sample = 16'sd26556;
			10'd871:	sine_sample = 16'sd26438;
			10'd872:	sine_sample = 16'sd26319;
			10'd873:	sine_sample = 16'sd26198;
			10'd874:	sine_sample = 16'sd26077;
			10'd875:	sine_sample = 16'sd25955;
			10'd876:	sine_sample = 16'sd25832;
			10'd877:	sine_sample = 16'sd25708;
			10'd878:	sine_sample = 16'sd25582;
			10'd879:	sine_sample = 16'sd25456;
			10'd880:	sine_sample = 16'sd25329;
			10'd881:	sine_sample = 16'sd25201;
			10'd882:	sine_sample = 16'sd25072;
			10'd883:	sine_sample = 16'sd24942;
			10'd884:	sine_sample = 16'sd24811;
			10'd885:	sine_sample = 16'sd24680;
			10'd886:	sine_sample = 16'sd24547;
			10'd887:	sine_sample = 16'sd24413;
			10'd888:	sine_sample = 16'sd24279;
			10'd889:	sine_sample = 16'sd24143;
			10'd890:	sine_sample = 16'sd24007;
			10'd891:	sine_sample = 16'sd23870;
			10'd892:	sine_sample = 16'sd23731;
			10'd893:	sine_sample = 16'sd23592;
			10'd894:	sine_sample = 16'sd23452;
			10'd895:	sine_sample = 16'sd23311;
			10'd896:	sine_sample = 16'sd23170;
			10'd897:	sine_sample = 16'sd23027;
			10'd898:	sine_sample = 16'sd22884;
			10'd899:	sine_sample = 16'sd22739;
			10'd900:	sine_sample = 16'sd22594;
			10'd901:	sine_sample = 16'sd22448;
			10'd902:	sine_sample = 16'sd22301;
			10'd903:	sine_sample = 16'sd22154;
			10'd904:	sine_sample = 16'sd22005;
			10'd905:	sine_sample = 16'sd21856;
			10'd906:	sine_sample = 16'sd21705;
			10'd907:	sine_sample = 16'sd21554;
			10'd908:	sine_sample = 16'sd21403;
			10'd909:	sine_sample = 16'sd21250;
			10'd910:	sine_sample = 16'sd21096;
			10'd911:	sine_sample = 16'sd20942;
			10'd912:	sine_sample = 16'sd20787;
			10'd913:	sine_sample = 16'sd20631;
			10'd914:	sine_sample = 16'sd20475;
			10'd915:	sine_sample = 16'sd20317;
			10'd916:	sine_sample = 16'sd20159;
			10'd917:	sine_sample = 16'sd20000;
			10'd918:	sine_sample = 16'sd19841;
			10'd919:	sine_sample = 16'sd19680;
			10'd920:	sine_sample = 16'sd19519;
			10'd921:	sine_sample = 16'sd19357;
			10'd922:	sine_sample = 16'sd19195;
			10'd923:	sine_sample = 16'sd19032;
			10'd924:	sine_sample = 16'sd18868;
			10'd925:	sine_sample = 16'sd18703;
			10'd926:	sine_sample = 16'sd18537;
			10'd927:	sine_sample = 16'sd18371;
			10'd928:	sine_sample = 16'sd18204;
			10'd929:	sine_sample = 16'sd18037;
			10'd930:	sine_sample = 16'sd17869;
			10'd931:	sine_sample = 16'sd17700;
			10'd932:	sine_sample = 16'sd17530;
			10'd933:	sine_sample = 16'sd17360;
			10'd934:	sine_sample = 16'sd17189;
			10'd935:	sine_sample = 16'sd17018;
			10'd936:	sine_sample = 16'sd16846;
			10'd937:	sine_sample = 16'sd16673;
			10'd938:	sine_sample = 16'sd16499;
			10'd939:	sine_sample = 16'sd16325;
			10'd940:	sine_sample = 16'sd16151;
			10'd941:	sine_sample = 16'sd15976;
			10'd942:	sine_sample = 16'sd15800;
			10'd943:	sine_sample = 16'sd15623;
			10'd944:	sine_sample = 16'sd15446;
			10'd945:	sine_sample = 16'sd15269;
			10'd946:	sine_sample = 16'sd15090;
			10'd947:	sine_sample = 16'sd14912;
			10'd948:	sine_sample = 16'sd14732;
			10'd949:	sine_sample = 16'sd14553;
			10'd950:	sine_sample = 16'sd14372;
			10'd951:	sine_sample = 16'sd14191;
			10'd952:	sine_sample = 16'sd14010;
			10'd953:	sine_sample = 16'sd13828;
			10'd954:	sine_sample = 16'sd13645;
			10'd955:	sine_sample = 16'sd13462;
			10'd956:	sine_sample = 16'sd13279;
			10'd957:	sine_sample = 16'sd13094;
			10'd958:	sine_sample = 16'sd12910;
			10'd959:	sine_sample = 16'sd12725;
			10'd960:	sine_sample = 16'sd12539;
			10'd961:	sine_sample = 16'sd12353;
			10'd962:	sine_sample = 16'sd12167;
			10'd963:	sine_sample = 16'sd11980;
			10'd964:	sine_sample = 16'sd11793;
			10'd965:	sine_sample = 16'sd11605;
			10'd966:	sine_sample = 16'sd11417;
			10'd967:	sine_sample = 16'sd11228;
			10'd968:	sine_sample = 16'sd11039;
			10'd969:	sine_sample = 16'sd10849;
			10'd970:	sine_sample = 16'sd10659;
			10'd971:	sine_sample = 16'sd10469;
			10'd972:	sine_sample = 16'sd10278;
			10'd973:	sine_sample = 16'sd10087;
			10'd974:	sine_sample = 16'sd9896;
			10'd975:	sine_sample = 16'sd9704;
			10'd976:	sine_sample = 16'sd9512;
			10'd977:	sine_sample = 16'sd9319;
			10'd978:	sine_sample = 16'sd9126;
			10'd979:	sine_sample = 16'sd8933;
			10'd980:	sine_sample = 16'sd8739;
			10'd981:	sine_sample = 16'sd8545;
			10'd982:	sine_sample = 16'sd8351;
			10'd983:	sine_sample = 16'sd8157;
			10'd984:	sine_sample = 16'sd7962;
			10'd985:	sine_sample = 16'sd7767;
			10'd986:	sine_sample = 16'sd7571;
			10'd987:	sine_sample = 16'sd7375;
			10'd988:	sine_sample = 16'sd7179;
			10'd989:	sine_sample = 16'sd6983;
			10'd990:	sine_sample = 16'sd6786;
			10'd991:	sine_sample = 16'sd6590;
			10'd992:	sine_sample = 16'sd6393;
			10'd993:	sine_sample = 16'sd6195;
			10'd994:	sine_sample = 16'sd5998;
			10'd995:	sine_sample = 16'sd5800;
			10'd996:	sine_sample = 16'sd5602;
			10'd997:	sine_sample = 16'sd5404;
			10'd998:	sine_sample = 16'sd5205;
			10'd999:	sine_sample = 16'sd5007;
			10'd1000:	sine_sample = 16'sd4808;
			10'd1001:	sine_sample = 16'sd4609;
			10'd1002:	sine_sample = 16'sd4410;
			10'd1003:	sine_sample = 16'sd4210;
			10'd1004:	sine_sample = 16'sd4011;
			10'd1005:	sine_sample = 16'sd3811;
			10'd1006:	sine_sample = 16'sd3612;
			10'd1007:	sine_sample = 16'sd3412;
			10'd1008:	sine_sample = 16'sd3212;
			10'd1009:	sine_sample = 16'sd3012;
			10'd1010:	sine_sample = 16'sd2811;
			10'd1011:	sine_sample = 16'sd2611;
			10'd1012:	sine_sample = 16'sd2410;
			10'd1013:	sine_sample = 16'sd2210;
			10'd1014:	sine_sample = 16'sd2009;
			10'd1015:	sine_sample = 16'sd1809;
			10'd1016:	sine_sample = 16'sd1608;
			10'd1017:	sine_sample = 16'sd1407;
			10'd1018:	sine_sample = 16'sd1206;
			10'd1019:	sine_sample = 16'sd1005;
			10'd1020:	sine_sample = 16'sd804;
			10'd1021:	sine_sample = 16'sd603;
			10'd1022:	sine_sample = 16'sd402;
			10'd1023:	sine_sample = 16'sd201;

			default: sine_sample = 16'sd0;
		endcase
	end
endmodule